Lunatic asylums Central Provinces reports 1886-1894 - 1886-1894
Year: 1886
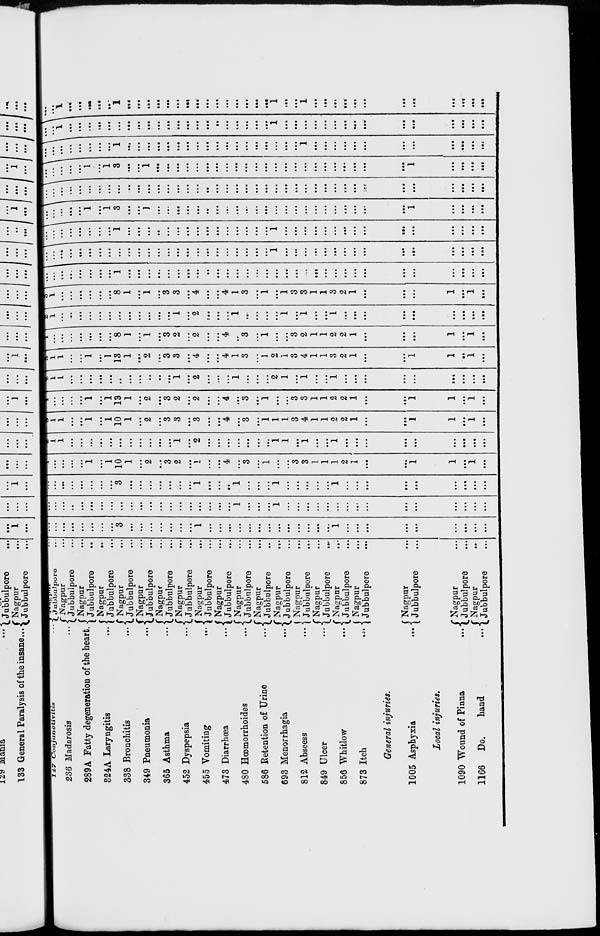
147 Conjunctivitis ...
236 Madarosis ...
289 A Fatty degeneration of the heart. ...
824A Laryngitis ...
338 Bronchitis ...
349 Pneumonia ...
365 Asthma ...
452 Dyspepsia ...
455 Vomiting
...
473 Diarrhœa
...
480 Hœmorrhoides
...
586 Retention of Urine
...
693 Menorrhagia
...
812 Abscess ...
849 Ulcer
...
856 Whitlow
...
873 Itch
...
Nagpur
...
Jubbulpore ...
Nagpur ...
Jubbulpore ...
Nagpur ...
Jubbulpore ...
Nagpur
...
Jubbulpore ...
Nagpur ...
Jubbulpore ...
Nagpur ...
Jubbulpore ...
Nagpur ...
Jubbulpore ...
Nagpur ...
Jubbulpore ...
Nagpur ...
Jubbulpore ...
Nagpur ...
Jubbulpore ...
Nagpur ...
Jubbulpore ...
Nagpur
...
Jubbulpore ...
Nagpur
...
Jubbulpore ...
Nagpur
...
Jubbulpore ...
Nagpur ...
Jubbulpore ...
Nagpur ...
Jubbulpore ...
Nagpur ...
Jubbulpore
...
General injuries.
1005 Asphyxia
...
Nagpur ...
Jubbulpore ...
Local injuries.
1090 Wound of Pinna
...
1166 Do.
hand
...
Nagpur ...
Jubbulpore ...
Nagpur ...
Jubbulpore ...
...
...
...
...
...
...
...
...
3
...
...
...
...
...
...
...
1
...
...
...
...
...
...
...
...
...
...
...
...
...
1
...
...
...
...
...
...
...
...
...
...
...
...
..
...
...
...
...
...
...
...
...
...
...
...
...
...
...
...
...
1
...
...
...
1
...
...
...
...
...
...
...
...
...
...
..
...
...
...
...
...
...
...
...
...
...
...
...
3
...
...
...
...
...
...
...
1
...
...
...
1
...
...
...
1
...
...
...
...
...
1
...
...
...
...
...
...
...
...
...
1
...
...
...
...
1
...
1
10
1
...
2
...
3
2
...
1
...
...
4
...
3
...
1
...
...
3
3
1
1
1
2
1
...
...
1
1
...
1
...
2
1
1
...
...
...
...
...
...
...
...
...
...
...
1
...
2
...
...
...
...
...
...
...
1
1
...
1
...
...
1
...
...
...
...
...
...
...
...
...
3
1
1
...
...
1
...
1
10
1
...
2
...
3
3
...
3
...
...
4
...
3
...
1
1
1
3
4
1
1
2
2
1
...
...
1
1
...
1
...
1
...
...
...
...
1
...
1
13
1
...
2
...
3
2
...
2
...
...
4
...
3
...
1
...
...
3
3
1
1
2
2
1
...
...
1
1
...
1
...
2
1
1
...
...
...
...
...
...
...
...
...
...
...
1
...
2
...
...
...
1
...
...
...
2
1
...
1
...
...
1
...
...
...
...
...
...
...
...
...
3
1
1
...
...
1
...
1
13
1
...
2
...
3
3
...
4
...
...
4
1
3
...
1
2
1
3
4
1
1
3
2
1
...
...
1
1
...
1
...
1
...
...
...
...
...
...
...
8
1
...
1
...
3
2
...
2
...
...
4
...
3
...
1
...
...
3
2
1
1
2
2
1
...
...
...
1
...
1
...
2
1
...
...
...
...
...
...
...
...
...
...
...
...
1
...
2
...
...
...
1
...
...
...
...
1
...
1
...
...
1
...
...
...
...
...
...
...
...
...
3
1
... ...
...
...
...
...
8
1
...
1
...
3
3
...
4
...
...
4
1
3
...
1
...
1
3
3
1
1
3
2
1
...
...
...
1
...
1
...
...
... ...
...
...
...
...
...
1
...
...
...
...
...
...
...
...
...
...
...
...
...
...
...
...
...
...
...
...
...
...
...
...
...
...
...
...
...
...
...
...
...
...
...
...
...
...
...
...
...
...
...
...
...
...
...
...
...
...
...
...
...
...
...
1
...
...
...
...
...
...
...
...
...
...
...
...
...
...
...
...
...
...
...
...
...
...
...
1
...
...
...
...
...
...
...
...
...
...
...
...
...
...
...
1
...
...
...
...
...
...
...
...
...
...
...
...
...
...
...
...
...
...
...
...
1
...
1
3
...
...
1
...
...
...
...
...
...
...
...
...
...
...
...
...
...
...
...
...
...
...
...
...
...
...
1
...
...
...
...
...
...
...
...
...
...
...
...
...
...
...
...
...
...
...
...
...
...
...
...
...
...
...
...
...
...
...
...
...
...
...
...
...
...
...
...
...
...
...
...
...
...
...
...
...
1
...
1
3
...
...
1
...
...
...
...
...
...
...
...
...
...
...
...
...
...
...
...
...
...
...
...
...
...
...
1
...
...
...
...
...
...
...
...
...
...
...
...
1
...
...
...
...
...
...
...
...
...
...
...
...
...
...
...
...
...
...
1
...
...
...
...
...
...
...
...
...
...
...
...
...
...
1
...
...
...
...
...
...
...
...
...
...
...
...
...
...
...
...
...
...
...
...
...
1
...
...
...
...
...
...
...
...
...
...
...
...
...
...
...
...
...
1
...
...
...
...
...
1
...
...
...
...
...
...
...
...
...
...
...
...
...
...
...
1
...
...
1
...
...
...
...
...
...
...
...
...
....
...
...